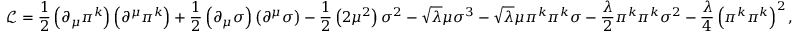
{ \mathcal { L } } = { \frac { 1 } { 2 } } \left( \partial _ { \mu } \pi ^ { k } \right) \left( \partial ^ { \mu } \pi ^ { k } \right) + { \frac { 1 } { 2 } } \left( \partial _ { \mu } \sigma \right) \left( \partial ^ { \mu } \sigma \right) - { \frac { 1 } { 2 } } \left( 2 \mu ^ { 2 } \right) \sigma ^ { 2 } - { \sqrt { \lambda } } \mu \sigma ^ { 3 } - { \sqrt { \lambda } } \mu \pi ^ { k } \pi ^ { k } \sigma - { \frac { \lambda } { 2 } } \pi ^ { k } \pi ^ { k } \sigma ^ { 2 } - { \frac { \lambda } { 4 } } \left( \pi ^ { k } \pi ^ { k } \right) ^ { 2 } ,